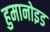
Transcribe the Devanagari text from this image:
हुमानोइड